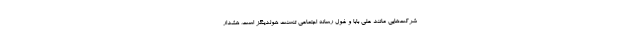
شرکت‌هایی مانند علی بابا و غول رسانه اجتماعی تنسنت هولدینگز است، هشدار